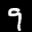
Label: 9